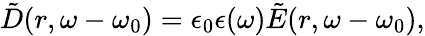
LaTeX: \tilde{D}(r,\omega-\omega_{0})=\epsilon_{0}\epsilon(\omega)\tilde{E}(r,\omega-\omega_{0}),